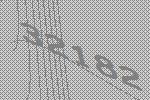
32182